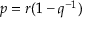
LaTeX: p = r ( 1 - q ^ { - 1 } )